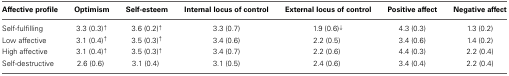
<table><thead><tr><td><b>Affective profile</b></td><td><b>Optimism</b></td><td><b>Self-esteem</b></td><td><b>Internal locus of control</b></td><td><b>External locus of control</b></td><td><b>Positive affect</b></td><td><b>Negative affect</b></td></tr></thead><tbody><tr><td>Self-fulfilling</td><td>3.3 (0.3)<sup>↑</sup></td><td>3.6 (0.2)<sup>↑</sup></td><td>3.3 (0.7)</td><td>1.9 (0.6)<sup>↓</sup></td><td>4.3 (0.3)</td><td>1.3 (0.2)</td></tr><tr><td>Low affective</td><td>3.1 (0.4)<sup>↑</sup></td><td>3.5 (0.3)<sup>↑</sup></td><td>3.4 (0.6)</td><td>2.2 (0.5)</td><td>3.4 (0.6)</td><td>1.4 (0.2)</td></tr><tr><td>High affective</td><td>3.1 (0.4)<sup>↑</sup></td><td>3.5 (0.3)<sup>↑</sup></td><td>3.4 (0.7)</td><td>2.2 (0.6)</td><td>4.4 (0.3)</td><td>2.2 (0.4)</td></tr><tr><td>Self-destructive</td><td>2.6 (0.6)</td><td>3.1 (0.4)</td><td>3.1 (0.5)</td><td>2.4 (0.6)</td><td>3.4 (0.4)</td><td>2.2 (0.4)</td></tr></tbody></table>